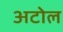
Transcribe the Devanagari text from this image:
अटोल